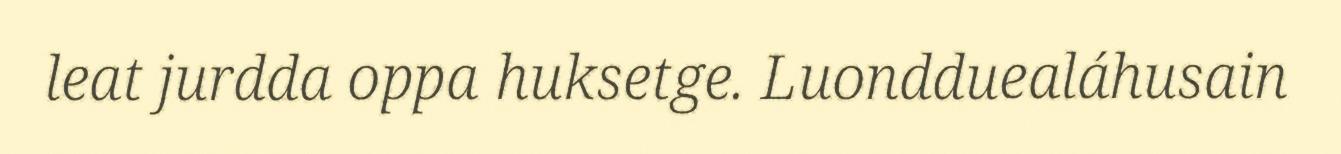
leat jurdda oppa huksetge. Luondduealáhusain